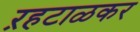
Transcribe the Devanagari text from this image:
ऱहटाळकर